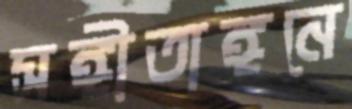
সঙ্গীতাঙ্গনে